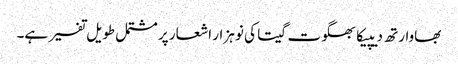
بھاوارتھ دیپیکا بھگوت گیتا کی نو ہزار اشعار پر مشتمل طویل تفسیر ہے۔